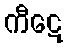
ကီဋေ